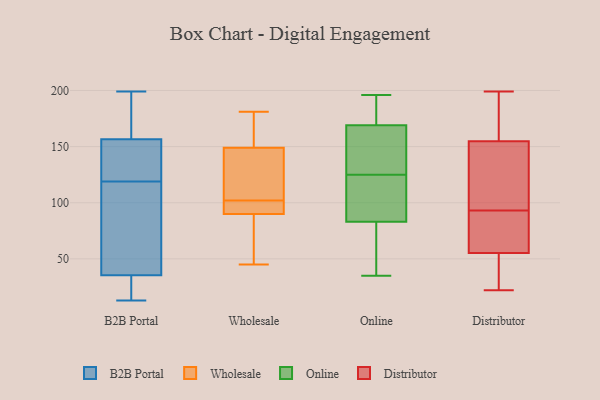
{"axis": {"x": "Net Income (USD K)", "y": "Value"}, "legend": ["B2B Portal", "Distributor", "Online", "Wholesale"], "data": [{"x": "", "y": 13, "type": "B2B Portal"}, {"x": "", "y": 143, "type": "B2B Portal"}, {"x": "", "y": 189, "type": "B2B Portal"}, {"x": "", "y": 26, "type": "B2B Portal"}, {"x": "", "y": 155, "type": "B2B Portal"}, {"x": "", "y": 119, "type": "B2B Portal"}, {"x": "", "y": 19, "type": "B2B Portal"}, {"x": "", "y": 64, "type": "B2B Portal"}, {"x": "", "y": 199, "type": "B2B Portal"}, {"x": "", "y": 157, "type": "B2B Portal"}, {"x": "", "y": 65, "type": "B2B Portal"}, {"x": "", "y": 63, "type": "Wholesale"}, {"x": "", "y": 109, "type": "Wholesale"}, {"x": "", "y": 136, "type": "Wholesale"}, {"x": "", "y": 149, "type": "Wholesale"}, {"x": "", "y": 45, "type": "Wholesale"}, {"x": "", "y": 90, "type": "Wholesale"}, {"x": "", "y": 181, "type": "Wholesale"}, {"x": "", "y": 91, "type": "Wholesale"}, {"x": "", "y": 95, "type": "Wholesale"}, {"x": "", "y": 152, "type": "Wholesale"}, {"x": "", "y": 189, "type": "Online"}, {"x": "", "y": 83, "type": "Online"}, {"x": "", "y": 35, "type": "Online"}, {"x": "", "y": 89, "type": "Online"}, {"x": "", "y": 78, "type": "Online"}, {"x": "", "y": 117, "type": "Online"}, {"x": "", "y": 77, "type": "Online"}, {"x": "", "y": 196, "type": "Online"}, {"x": "", "y": 164, "type": "Online"}, {"x": "", "y": 169, "type": "Online"}, {"x": "", "y": 171, "type": "Online"}, {"x": "", "y": 132, "type": "Online"}, {"x": "", "y": 153, "type": "Online"}, {"x": "", "y": 118, "type": "Online"}, {"x": "", "y": 148, "type": "Distributor"}, {"x": "", "y": 199, "type": "Distributor"}, {"x": "", "y": 83, "type": "Distributor"}, {"x": "", "y": 181, "type": "Distributor"}, {"x": "", "y": 191, "type": "Distributor"}, {"x": "", "y": 22, "type": "Distributor"}, {"x": "", "y": 71, "type": "Distributor"}, {"x": "", "y": 128, "type": "Distributor"}, {"x": "", "y": 139, "type": "Distributor"}, {"x": "", "y": 157, "type": "Distributor"}, {"x": "", "y": 79, "type": "Distributor"}, {"x": "", "y": 50, "type": "Distributor"}, {"x": "", "y": 40, "type": "Distributor"}, {"x": "", "y": 22, "type": "Distributor"}, {"x": "", "y": 93, "type": "Distributor"}]}